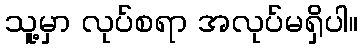
သူ့မှာ လုပ်စရာ အလုပ်မရှိပါ။